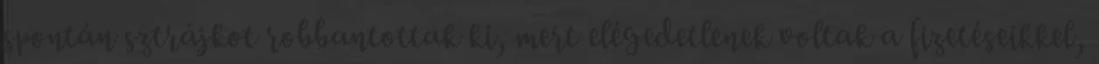
spontán sztrájkot robbantottak ki, mert elégedetlenek voltak a fizetéseikkel,